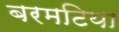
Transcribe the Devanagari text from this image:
बरमटिया